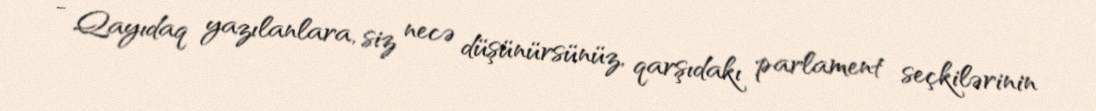
- Qayıdaq yazılanlara, siz necə düşünürsünüz, qarşıdakı parlament seçkilərinin